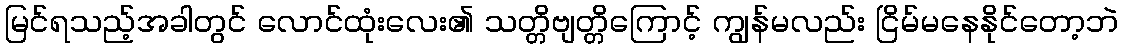
မြင်ရသည့်အခါတွင် လောင်ထုံးလေး၏ သတ္တိဗျတ္တိကြောင့် ကျွန်မလည်း ငြိမ်မနေနိုင်တော့ဘဲ